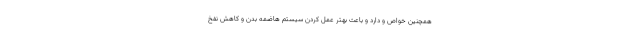
همچنین خواص و دارد و باعث بهتر عمل کردن سیستم هاضمه بدن و کاهش نفخ